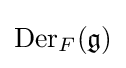
{\text{Der}}_{F}({\mathfrak {g}})